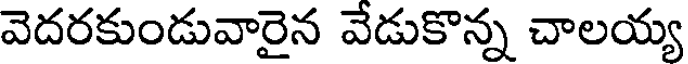
వెదరకుండువారైన వేడుకొన్న చాలయ్య